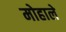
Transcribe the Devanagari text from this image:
मोहाले